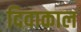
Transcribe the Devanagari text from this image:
दिवाकाल